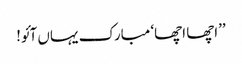
’’اچھا اچھا‘ مبارک یہاں آئو!